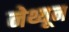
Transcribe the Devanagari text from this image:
नेथ्यून